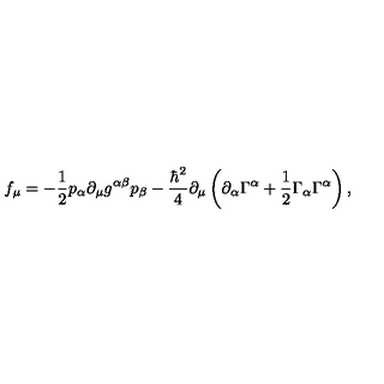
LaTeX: f _ { \mu } = - \frac { 1 } { 2 } p _ { \alpha } \partial _ { \mu } g ^ { \alpha \beta } p _ { \beta } - \frac { \hbar ^ { 2 } } { 4 } \partial _ { \mu } \left( \partial _ { \alpha } \Gamma ^ { \alpha } + \frac { 1 } { 2 } \Gamma _ { \alpha } \Gamma ^ { \alpha } \right) ,